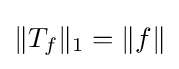
\|T_{f}\|_{1}=\|f\|